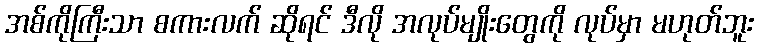
အစ်ကိုကြီးသာ စကားလက် ဆိုရင် ဒီလို အလုပ်မျိုးတွေကို လုပ်မှာ မဟုတ်ဘူး